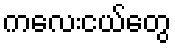
ကလေးငယ်တွေ